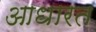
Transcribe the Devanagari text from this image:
आधारत